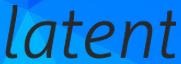
latent